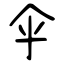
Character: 伞